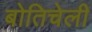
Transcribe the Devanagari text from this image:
बोतिचेली